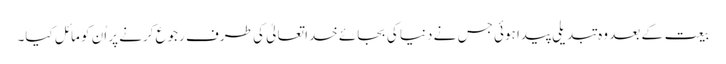
بیعت کے بعد وہ تبدیلی پیدا ہوئی جس نے دنیا کی بجائے خدا تعالیٰ کی طرف رجوع کرنے پر اُن کو مائل کیا۔